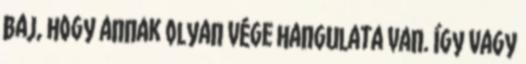
baj, hogy annak olyan vége hangulata van. így vagy